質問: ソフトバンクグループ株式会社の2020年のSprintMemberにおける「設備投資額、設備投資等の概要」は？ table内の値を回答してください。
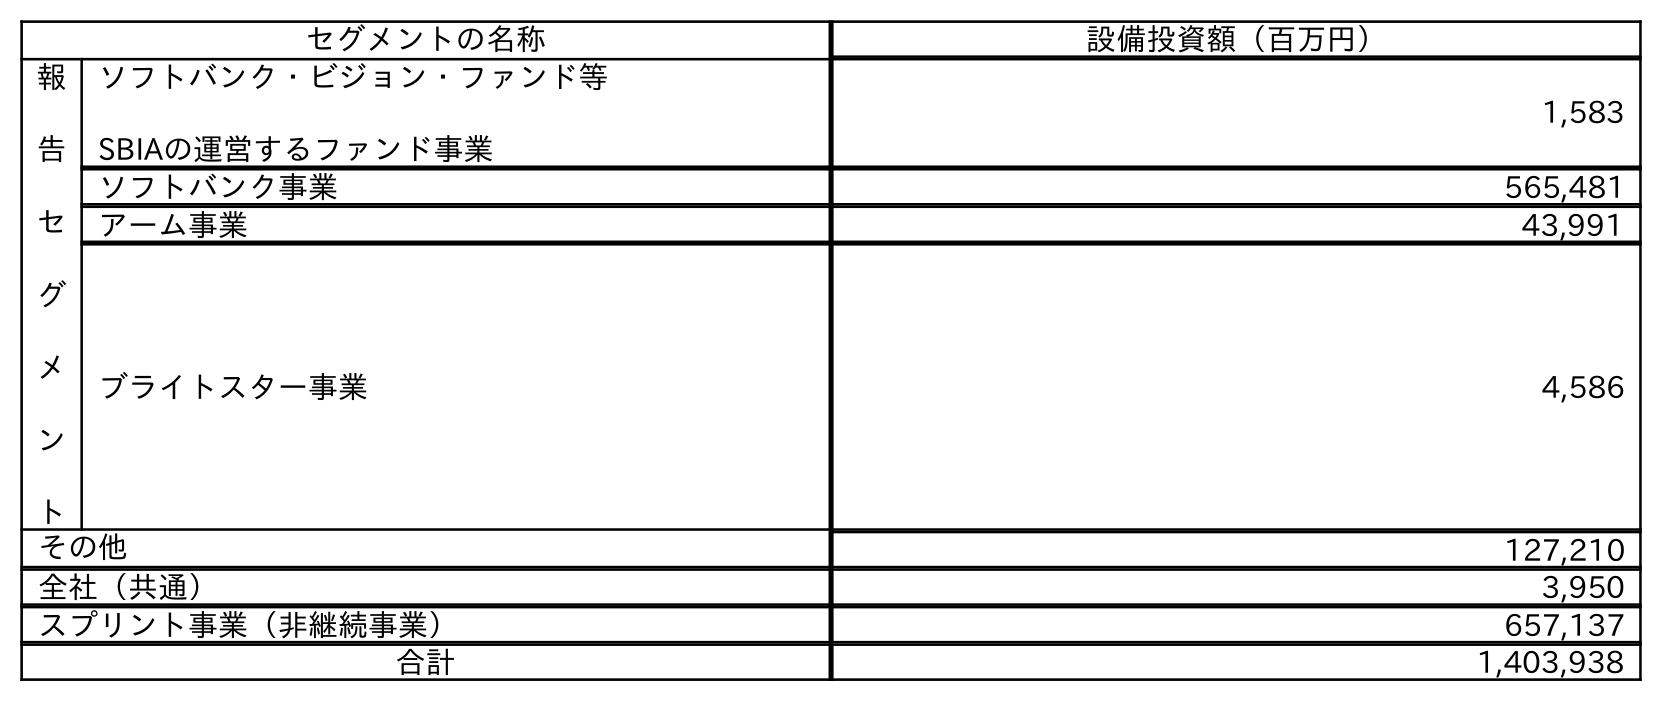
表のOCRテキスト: セグメントの名称 設備投資額（百万円） 報 告 セ グ メ ン ト ソフトバンク・ビジョン・ファンド等 SBIAの運営するファンド事業 1,583 ソフトバンク事業 565,481 アーム事業 43,991 ブライトスター事業 4,586 その他 127,210 全社（共通） 3,950 スプリント事業（非継続事業） 657,137 合計 1,403,938
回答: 657,137